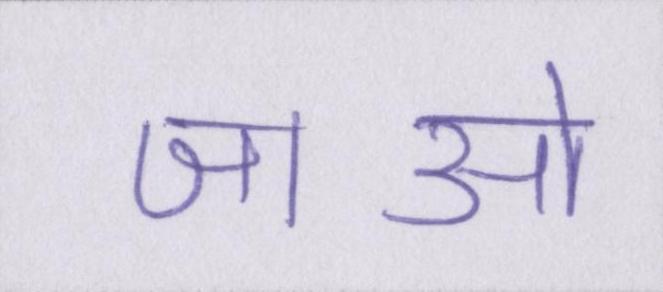
जाओ